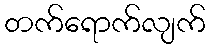
တက်ရောက်လျက်